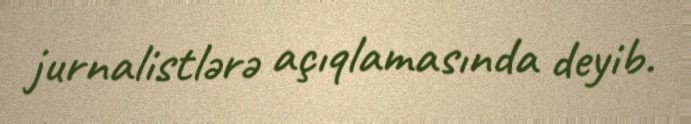
jurnalistlərə açıqlamasında deyib.